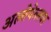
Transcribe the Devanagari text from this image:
अल्तेपेत्लवर